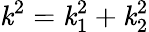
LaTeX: \mathit{k}^{2}=\mathit{k}_{1}^{2}+\mathit{k}_{2}^{2}